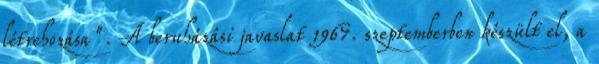
létrehozása". A beruházási javaslat 1967. szeptemberben készült el, a